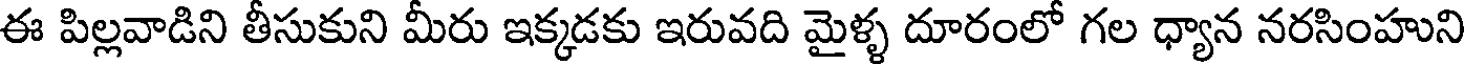
ఈ పిల్లవాడిని తీసుకుని మీరు ఇక్కడకు ఇరువది మైళ్ళ దూరంలో గల ధ్యాన నరసింహుని